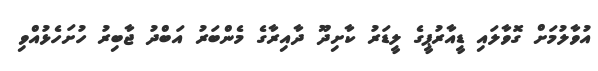
އުވާލުމަށް ގޮވާލައި ޑީއާރުޕީގެ ލީޑަރު ކާށިދޫ ދާއިރާގެ މެންބަރު އަބްދު ޖާބިރު ހުށަހެޅުއްވި